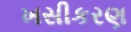
ખસીકરણ